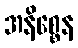
အနိစ္စေန